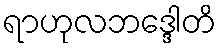
ရာဟုလဘဒ္ဒေါတိ